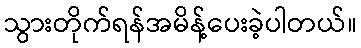
သွားတိုက်ရန်အမိန့်ပေးခဲ့ပါတယ်။